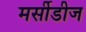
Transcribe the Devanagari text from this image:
मर्सीडीज